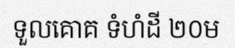
ទួលគោគ ទំហំដី ២០ម